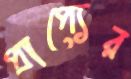
প্রাপ্যের